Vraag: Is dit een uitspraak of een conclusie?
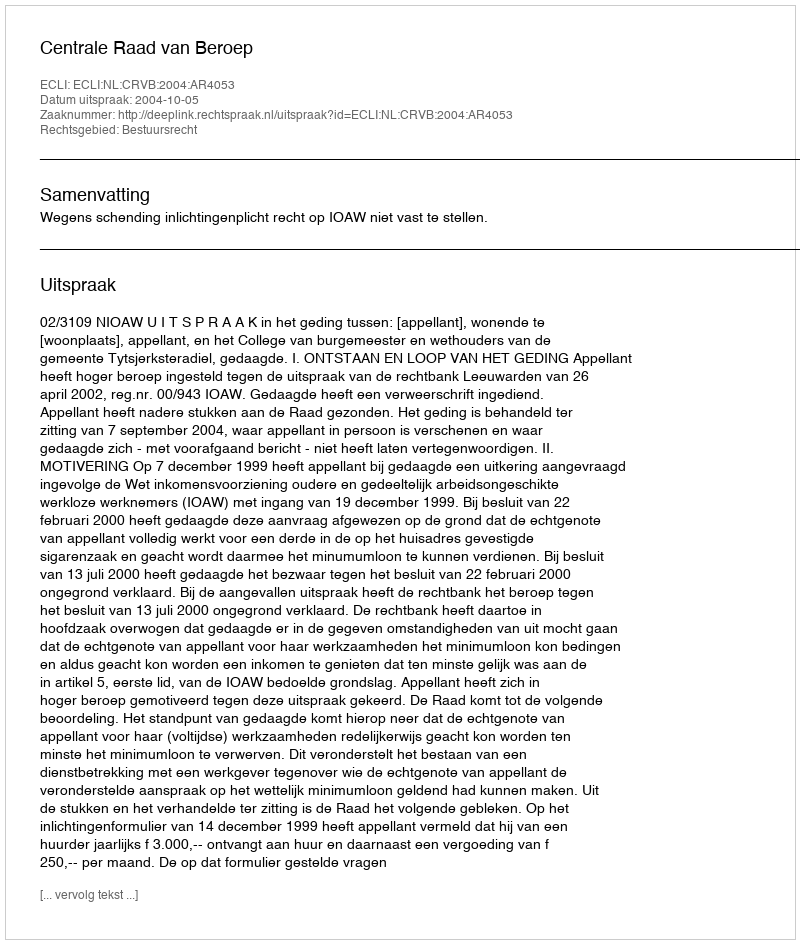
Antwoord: Uitspraak